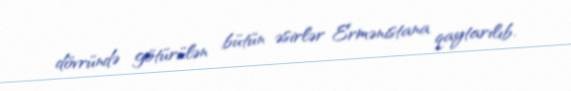
dövründə götürülən bütün əsirlər Ermənistana qaytarılıb.